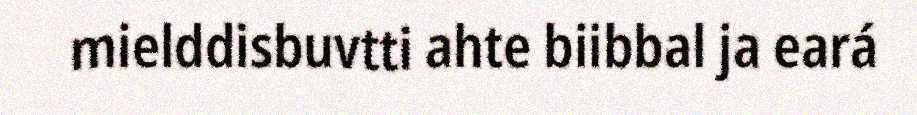
mielddisbuvtti ahte biibbal ja eará